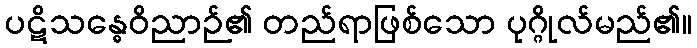
ပဋိသန္ဓေဝိညာဉ်၏ တည်ရာဖြစ်သော ပုဂ္ဂိုလ်မည်၏။